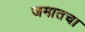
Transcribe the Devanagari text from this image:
जमातचा